Vaccine operations Central Provinces & Berar 1922-1929 - 1922-1929
Year: 1922
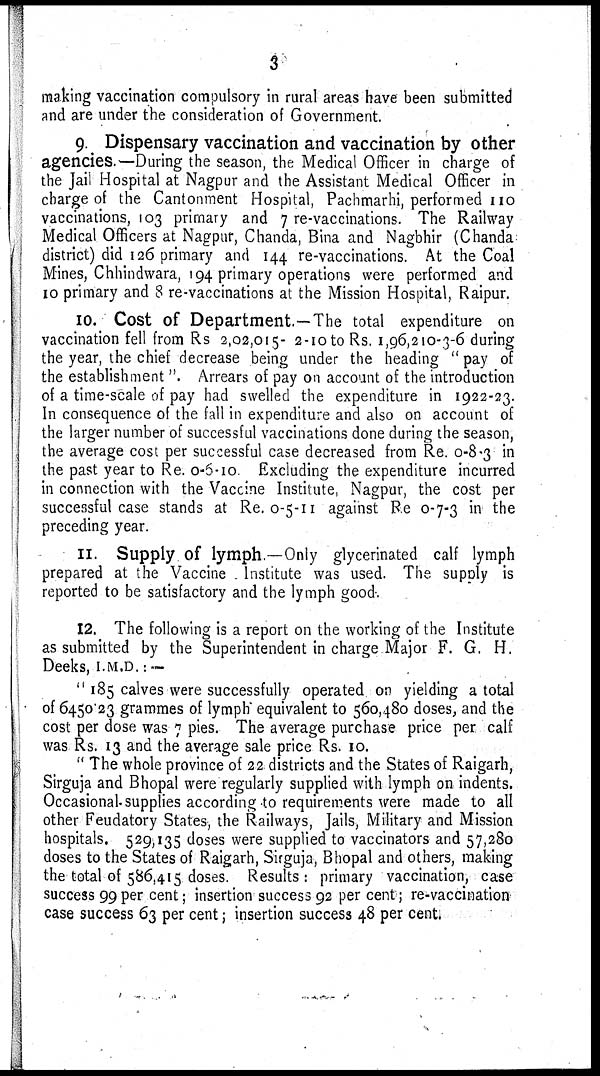
3
making vaccination compulsory in rural areas have been submitted
and are under the consideration of Government.
9. Dispensary vaccination and vaccination by other
agencies.—During the season, the Medical Officer in charge of
the Jail Hospital at Nagpur and the Assistant Medical Officer in
charge of the Cantonment Hospital, Pachmarhi, performed 110
vaccinations, 103 primary and 7 re-vaccinations. The Railway
Medical Officers at Nagpur, Chanda, Bina and Nagbhir (Chanda
district) did 126 primary and 144 re-vaccinations. At the Coal
Mines, Chhindwara, 194 primary operations were performed and
10 primary and 8 re-vaccinations at the Mission Hospital, Raipur.
10. Cost of Department.—The total expenditure on
vaccination fell from Rs 2,02,015- 2-10 to Rs. 1,96,210-3-6 during
the year, the chief decrease being under the heading " pay of
the establishment ". Arrears of pay on account of the introduction
of a time-scale of pay had swelled the expenditure in 1922-23.
In consequence of the fall in expenditure and also on account of
the larger number of successful vaccinations done during the season,
the average cost per successful case decreased from Re. 0-8-3 in
the past year to Re. 0-5-10 Excluding the expenditure incurred
in connection with the Vaccine Institute, Nagpur, the cost per
successful case stands at Re. 0-5-11 against Re 0-7-3 in the
preceding year.
11. Supply of lymph.—Only glycerinated calf lymph
prepared at the Vaccine . Institute was used. The supply is
reported to be satisfactory and the lymph good.
12. The following is a report on the working of the Institute
as submitted by the Superintendent in charge Major F. G. H.
Deeks, I.M.D. : —
"185 calves were successfully operated on yielding a total
of 6450.23 grammes of lymph equivalent to 560,480 doses, and the
cost per dose was 7 pies. The average purchase price per calf
was Rs. 13 and the average sale price Rs. 10.
" The whole province of 22 districts and the States of Raigarh,
Sirguja and Bhopal were regularly supplied with lymph on indents.
Occasional supplies according to requirements were made to all
other Feudatory States, the Railways, Jails, Military and Mission
hospitals. 529,135 doses were supplied to vaccinators and 57,280
doses to the States of Raigarh, Sirguja, Bhopal and others, making
the total of 586,415 doses. Results: primary vaccination, case
success 99per cent; insertion success 92 per cent; re-vaccination
case success 63 per cent; insertion success 48 per cent.